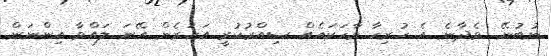
ނުބުނޭ.. ވެދާނެ އެ ހުރިހާ ވާހަކައެއް ސިއްރުކުރީ އަހަރެން އޭނަ ލައްވާ އިންނަން